Indian journal of veterinary science and animal husbandry - Volume 11,
Year: 1941
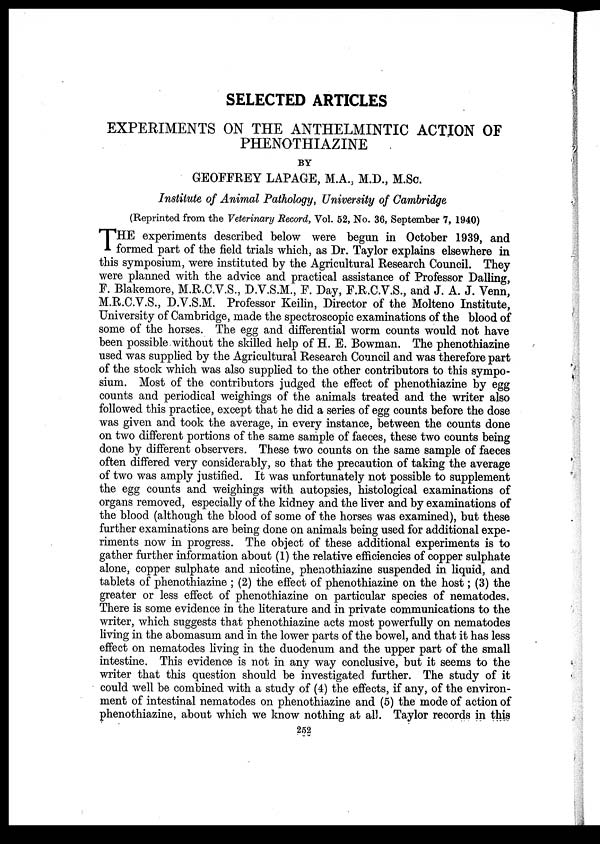
SELECTED ARTICLES
EXPERIMENTS ON THE ANTHELMINTIC ACTION OF
PHENOTHIAZINE
BY
GEOFFREY LAPAGE, M.A., M.D., M.Sc.
Institute of Animal Pathology, University of Cambridge
(Reprinted from the Veterinary Record, Vol. 52, No. 36, September 7, 1940)
T HE experiments described below were begun in October 1939, and
formed part of the field trials which, as Dr. Taylor explains elsewhere in
this symposium, were instituted by the Agricultural Research Council. They
were planned with the advice and practical assistance of Professor Dalling,
F. Blakemore, M.R.C.V.S., D.V.S.M., F. Day, F.R.C.V.S., and J. A. J. Venn,
M.R.C.V.S., D.V.S.M. Professor Keilin, Director of the Molteno Institute,
University of Cambridge, made the spectroscopic examinations of the blood of
some of the horses. The egg and differential worm counts would not have
been possible without the skilled help of H. E. Bowman. The phenothiazine
used was supplied by the Agricultural Research Council and was therefore part
of the stock which was also supplied to the other contributors to this sympo-
sium. Most of the contributors judged the effect of phenothiazine by egg
counts and periodical weighings of the animals treated and the writer also
followed this practice, except that he did a series of egg counts before the dose
was given and took the average, in every instance, between the counts done
on two different portions of the same sample of faeces, these two counts being
done by different observers. These two counts on the same sample of faeces
often differed very considerably, so that the precaution of taking the average
of two was amply justified. It was unfortunately not possible to supplement
the egg counts and weighings with autopsies, histological examinations of
organs removed, especially of the kidney and the liver and by examinations of
the blood (although the blood of some of the horses was examined), but these
further examinations are being done on animals being used for additional expe-
riments now in progress. The object of these additional experiments is to
gather further information about (1) the relative efficiencies of copper sulphate
alone, copper sulphate and nicotine, phenothiazine suspended in liquid, and
tablets of phenothiazine ; (2) the effect of phenothiazine on the host; (3) the
greater or less effect of phenothiazine on particular species of nematodes.
There is some evidence in the literature and in private communications to the
writer, which suggests that phenothiazine acts most powerfully on nematodes
living in the abomasum and in the lower parts of the bowel, and that it has less
effect on nematodes living in the duodenum and the upper part of the small
intestine. This evidence is not in any way conclusive, but it seems to the
writer that this question should be investigated further. The study of it
could well be combined with a study of (4) the effects, if any, of the environ-
ment of intestinal nematodes on phenothiazine and (5) the mode of action of
phenothiazine, about which we know nothing at all. Taylor records in this
252